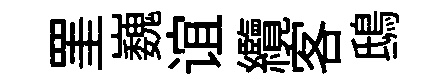
罣巍谊纜客鴟